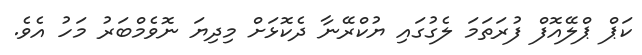
ކަޕް ޕްލޭއޮފް ފުރަތަމަ ލެގުގައި ޔުކްރޭނާ ދެކޮޅަށް މިދިޔަ ނޮވެމްބަރު މަހު އެވެ.